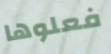
فعلوها